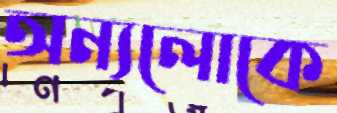
অন্যলোকে